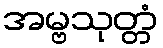
အမ္ဗသုတ္တံ